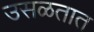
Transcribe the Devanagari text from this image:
उसळतात